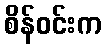
စိန်ဝင်းက